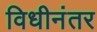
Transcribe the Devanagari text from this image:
विधीनंतर